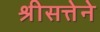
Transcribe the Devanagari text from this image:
श्रीसत्तेने